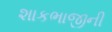
શાકભાજીની